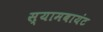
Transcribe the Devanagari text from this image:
स्‍यामबायंट